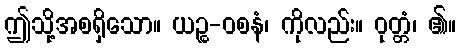
ဤသို့အစရှိသော။ ယဉ္စ-ဝစနံ၊ ကိုလည်း။ ဝုတ္တံ၊ ၏။